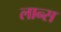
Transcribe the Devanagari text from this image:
लान्‍स